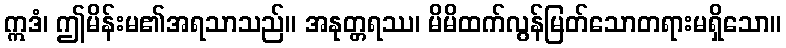
ဣဒံ၊ ဤမိန်းမ၏အရသာသည်။ အနုတ္တရဿ၊ မိမိထက်လွန်မြတ်သောတရားမရှိသော။